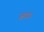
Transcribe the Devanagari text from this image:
जटा।